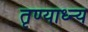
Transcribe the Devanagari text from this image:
तृण्याध्न्य